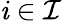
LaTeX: \mathit{i}\in\mathcal{{I}}